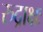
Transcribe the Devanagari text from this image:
रुद्राक्षः